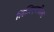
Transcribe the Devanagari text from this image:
लिलिएनफील्ड